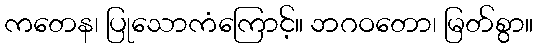
ကတေန၊ ပြုသောကံကြောင့်။ ဘဂဝတော၊ မြတ်စွာ။